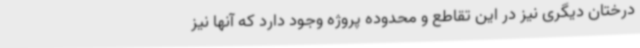
درختان دیگری نیز در این تقاطع و محدوده پروژه وجود دارد که آنها نیز